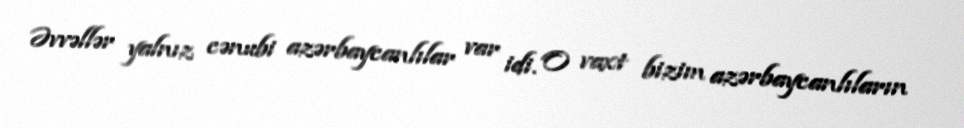
Əvvəllər yalnız cənubi azərbaycanlılar var idi. O vaxt bizim azərbaycanlıların